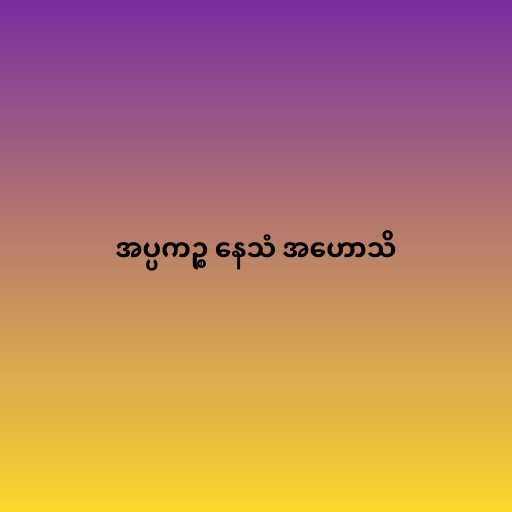
အပ္ပကဉ္စ နေသံ အဟောသိ